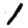
Digit: 1